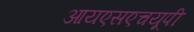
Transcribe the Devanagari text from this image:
आयएसएचयूपी